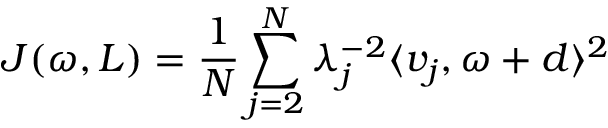
J ( \omega , L ) = \frac { 1 } { N } \sum _ { j = 2 } ^ { N } \lambda _ { j } ^ { - 2 } \langle v _ { j } , \omega + d \rangle ^ { 2 }